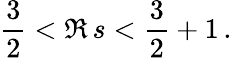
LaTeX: \frac{3}{2}<\Re\, s<\frac{3}{2}+1\, .